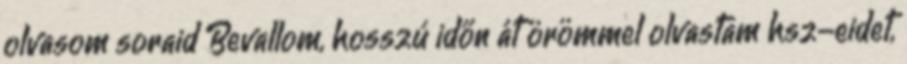
olvasom soraid Bevallom, hosszú időn át örömmel olvastam hsz-eidet,